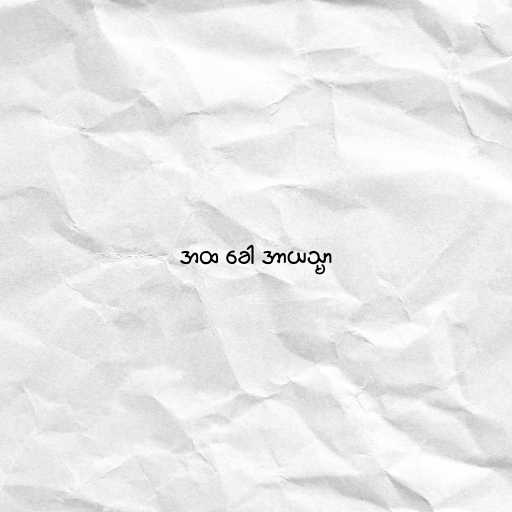
အထ ခေါ အာယသ္မာ